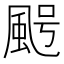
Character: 𩖸